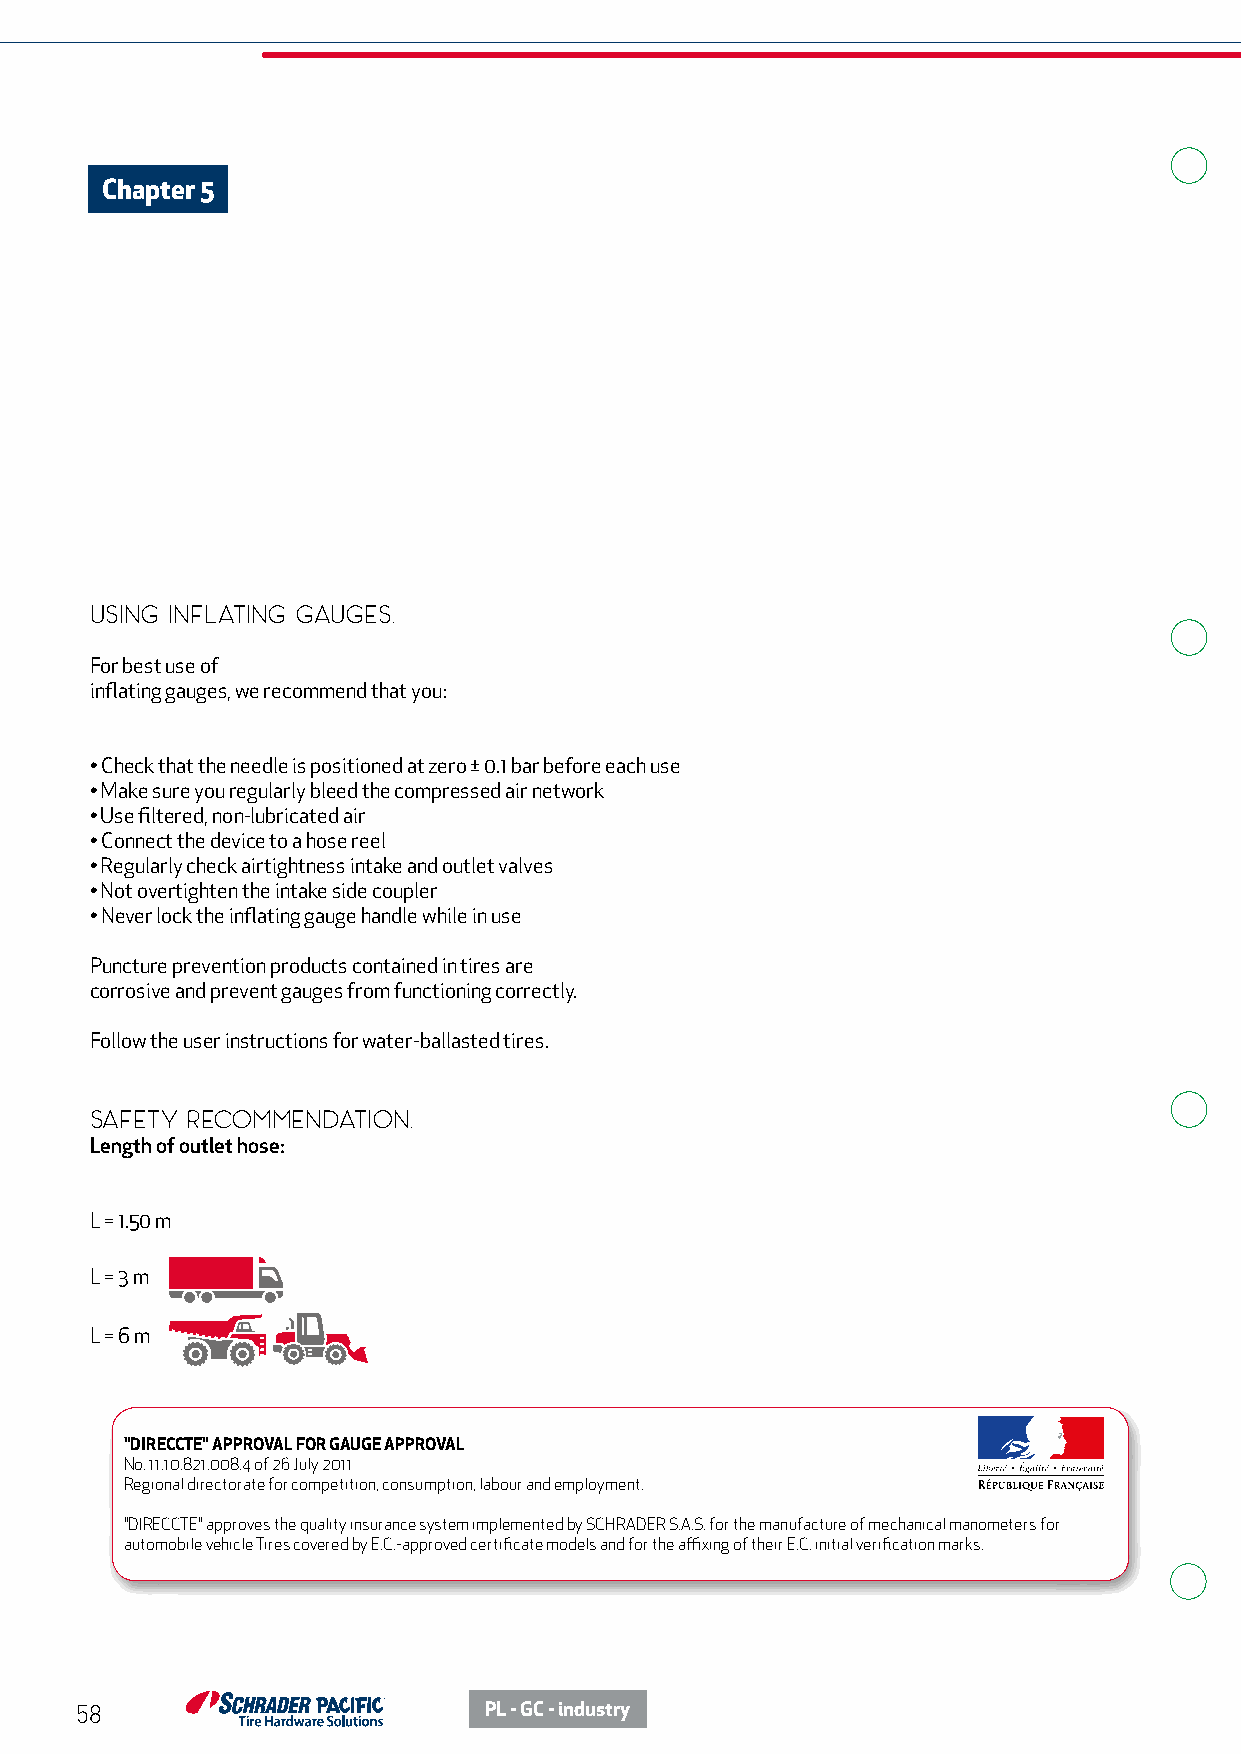
Chapter 5
 USING INFLATING GAUGES.
 For best use of
 inflating gauges, we recommend that you:
 • Check that the needle is positioned at zero ± 0.1 bar before each use
 • Make sure you regularly bleed the compressed air network
 • Use filtered, non-lubricated air
 • Connect the device to a hose reel
 • Regularly check airtightness intake and outlet valves
 • Not overtighten the intake side coupler
 • Never lock the inflating gauge handle while in use
 Puncture prevention products contained in tires are
 corrosive and prevent gauges from functioning correctly.
 Follow the user instructions for water-ballasted tires.
 SAFETY RECOMMENDATION.
 Length of outlet hose:
 L = 1.50 m
 L = 3 m
 L = 6 m
 "DIRECCTE" APPROVAL FOR GAUGE APPROVAL
 No. 11.10.821.008.4 of 26 July 2011
 Regional directorate for competition, consumption, labour and employment.
 "DIRECCTE" approves the quality insurance system implemented by SCHRADER S.A.S. for the manufacture of mechanical manometers for
 automobile vehicle Tires covered by E.C.-approved certificate models and for the affixing of their E.C. initial verification marks.
 58                         PL - GC - industry